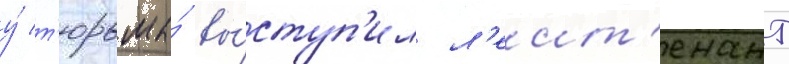
у́ т'юрьмы́ вы́ступ'ил л'еит'енант